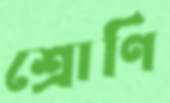
শ্রোণি